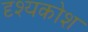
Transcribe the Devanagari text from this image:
दृश्यकोश